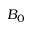
B _ { 0 }